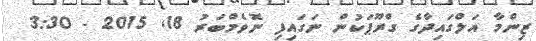
ޒިންމާ އަލްގައިދާގެ ގްރޫޕަކުން ނަގައިފި ނޮވެމްބަރު 18